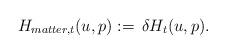
LaTeX: \begin{align*} H_{matter, t}(u,p):=\,\delta H_t(u,p). \end{align*}